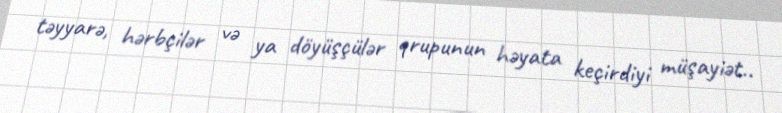
təyyarə, hərbçilər və ya döyüşçülər qrupunun həyata keçirdiyi müşayiət..